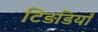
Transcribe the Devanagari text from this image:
टिड़डियाँ